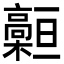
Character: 𩫡